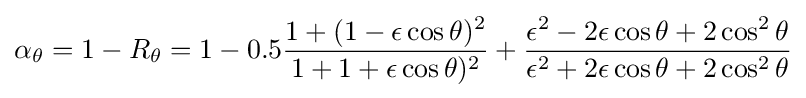
\alpha _{\theta }=1-R_{\theta }=1-0.5{{1+(1-\epsilon \cos \theta )^{2} \over {1+{1+\epsilon \cos \theta )^{2}}}}+{{{\epsilon ^{2}}-2\epsilon \cos \theta +2\cos ^{2}\theta } \over {\epsilon ^{2}}+2\epsilon \cos \theta +2\cos ^{2}\theta }}